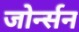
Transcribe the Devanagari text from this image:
जोर्न्सन